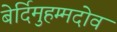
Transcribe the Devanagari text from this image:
बेर्दिमुहम्मदोव